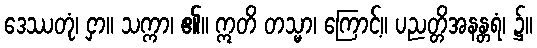
ဒေဿတုံ၊ ငှာ။ သက္ကာ၊ ၏။ ဣတိ တသ္မာ၊ ကြောင့်။ ပညတ္တိအနန္တရံ၊ ၌။